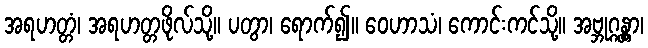
အရဟတ္တံ၊ အရဟတ္တဖိုလ်သို့။ ပတွာ၊ ရောက်၍။ ဝေဟာသံ၊ ကောင်းကင်သို့။ အဗ္ဘုဂ္ဂန္တွာ၊